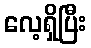
လေ့ရှိပြီး